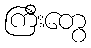
ကြီးတွေ